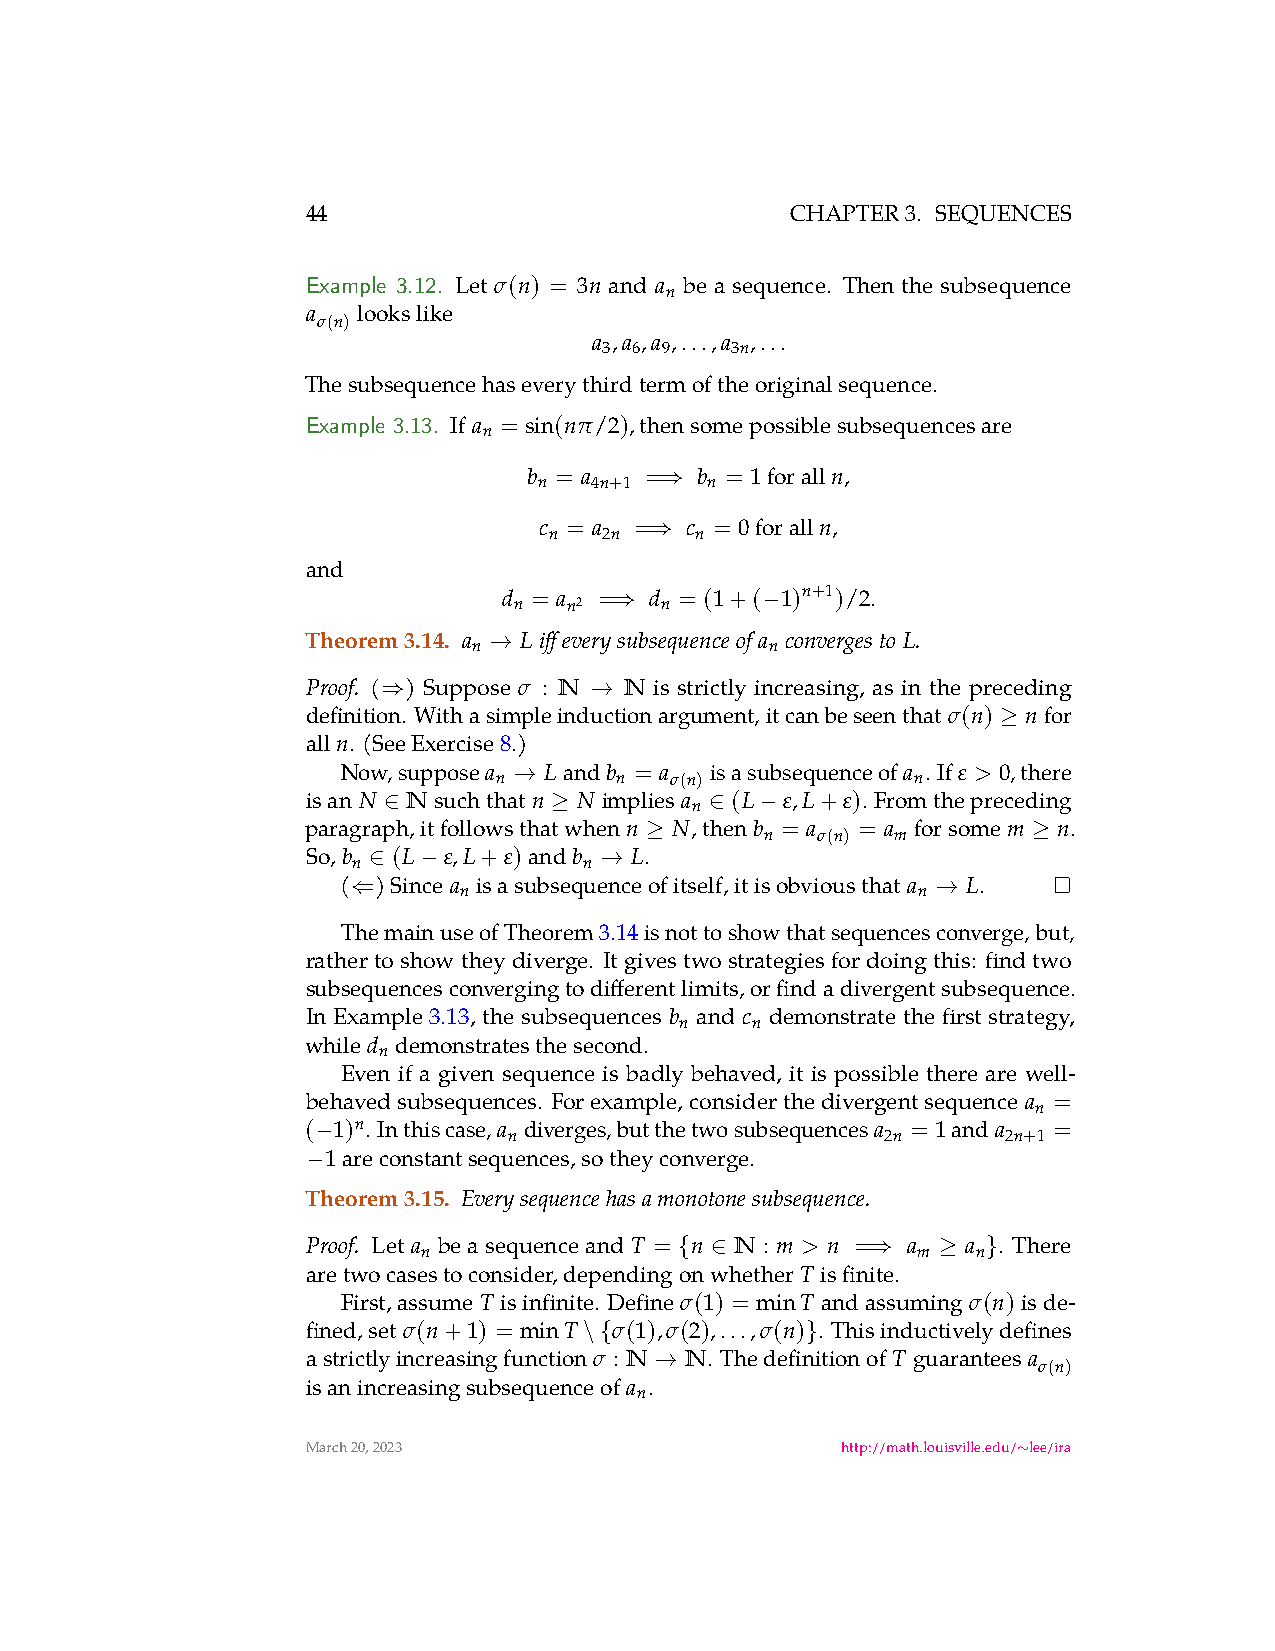
44                              CHAPTER3. SEQUENCES
 Example 3.12. Let σ(n) = 3n and a be a sequence. Then the subsequence
 n
 a   lookslike
 σ(n)
 a ,a ,a ,...,a ,...
 3 6 9   3n
 Thesubsequencehaseverythirdtermoftheoriginalsequence.
 Example 3.13. If a = sin(nπ/2),thensomepossiblesubsequencesare
 n
 b = a   =  b = 1foralln,
 n  4n+1    n
 ⇒
 c = a =  c = 0foralln,
 n   2n    n
 ⇒
 and
 d = a  =  d = (1+( 1)n+1)/2.
 n   n2
 ⇒
 n
 −
 Theorem3.14. a Liffeverysubsequenceof a convergesto L.
 n                   n
 →
 ( ) Suppose N   N is strictly increasing, as in the preceding
 Proof.        σ :
 ⇒             →
 definition. Withasimpleinductionargument,itcanbeseenthat σ(n) nfor
 ≥
 alln. (SeeExercise8.)
 Now,supposea Landb = a  isasubsequenceofa . If ε > 0,there
 n
 →
 n  σ(n)             n
 isan N Nsuchthatn N implies a (L ε,L+ε). Fromthepreceding
 n
 ∈          ≥          ∈  −
 paragraph,itfollowsthatwhenn N,thenb = a = a forsomem n.
 ≥
 n  σ(n) m
 ≥
 So,b  (L ε,L+ε)andb   L.
 n               n
 ∈   −           →
 ( )Since a isasubsequenceofitself,itisobviousthat a L.
 n                              n
 ⇐                                      →
 ThemainuseofTheorem3.14isnottoshowthatsequencesconverge,but,
 rathertoshowtheydiverge. Itgivestwostrategiesfordoingthis: findtwo
 subsequencesconvergingtodifferentlimits,orfindadivergentsubsequence.
 In Example 3.13, the subsequences b and c demonstrate the first strategy,
 n    n
 whiled demonstratesthesecond.
 n
 Even if a given sequence is badly behaved, it is possible there are well-
 behavedsubsequences. Forexample,considerthedivergentsequence a =
 n
 ( 1)n. Inthiscase,a diverges,butthetwosubsequencesa = 1anda =
 n                        2n      2n+1
 −
 areconstantsequences,sotheyconverge.
 1
 −
 Theorem3.15. Everysequencehasamonotonesubsequence.
 Proof. Let a beasequenceand T = n N : m > n = a a . There
 n                                m   n
 { ∈          ⇒   ≥  }
 aretwocasestoconsider,dependingonwhether T isfinite.
 First,assume T isinfinite. Define σ(1) = minT andassuming σ(n)isde-
 fined,set σ(n+1) = minT σ(1),σ(2),...,σ(n) . Thisinductivelydefines
 \{            }
 astrictlyincreasingfunction σ : N N. ThedefinitionofT guarantees a
 →
 σ(n)
 isanincreasingsubsequenceof a .
 n
 March20,2023                        http://math.louisville.edu/ lee/ira
 ∼